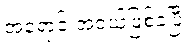
အရောင်းအဝယ်ဖြစ်ခဲ့ပြီး